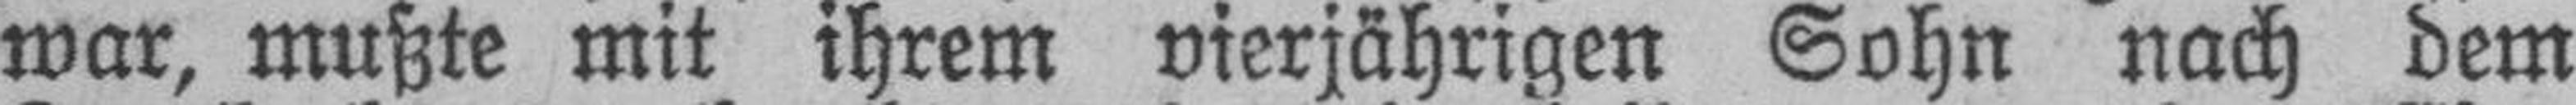
war, mußte mit ihrem vierjährigen Sohn nach dem